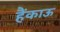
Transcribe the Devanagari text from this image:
हैंकाऊ